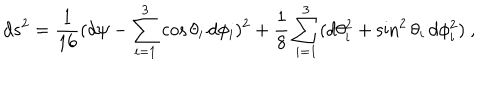
LaTeX: d s ^ { 2 } = \frac { 1 } { 1 6 } ( d \psi - \sum _ { i = 1 } ^ { 3 } \cos { \theta _ { i } } \, d \phi _ { i } ) ^ { 2 } + \frac { 1 } { 8 } \sum _ { i = 1 } ^ { 3 } ( d \theta _ { i } ^ { 2 } + \sin ^ { 2 } { \theta _ { i } } \, d \phi _ { i } ^ { 2 } ) \ ,